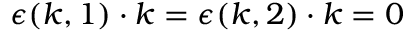
{ \boldsymbol { \epsilon } } ( { \boldsymbol { k } } , 1 ) \cdot { \boldsymbol { k } } = { \boldsymbol { \epsilon } } ( { \boldsymbol { k } } , 2 ) \cdot { \boldsymbol { k } } = 0